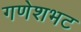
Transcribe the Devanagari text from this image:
गणेशभट